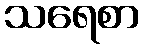
သရေစာ